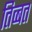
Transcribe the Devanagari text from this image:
तिव्बत